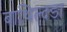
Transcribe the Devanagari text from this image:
बाथिल्दडा